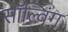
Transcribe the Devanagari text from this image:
सॉल्विंग